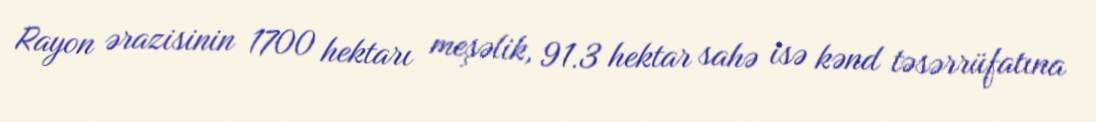
Rayon ərazisinin 1700 hektarı meşəlik, 91.3 hektar sahə isə kənd təsərrüfatına